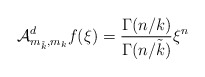
\begin{align*}\mathcal{A}_{m_{\tilde{k}},m_{k}}^{d}f(\xi) =\frac{\Gamma(n/k)}{\Gamma(n/\tilde{k})}\xi^{n} \end{align*}